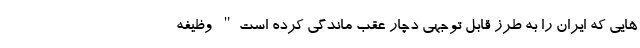
هایی که ایران را به طرز قابل توجهی دچار عقب ماندگی کرده است" وظیفه